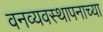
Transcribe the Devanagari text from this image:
वनव्यवस्थापनाच्या